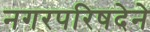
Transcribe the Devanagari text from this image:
नगरपरिषदेने